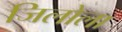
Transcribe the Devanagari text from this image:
जिलोला